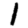
Digit: 1